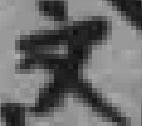
文